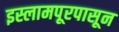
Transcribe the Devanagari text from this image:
इस्लामपूरपासून